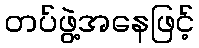
တပ်ဖွဲ့အနေဖြင့်